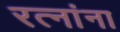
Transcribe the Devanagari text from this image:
रत्‍नांना